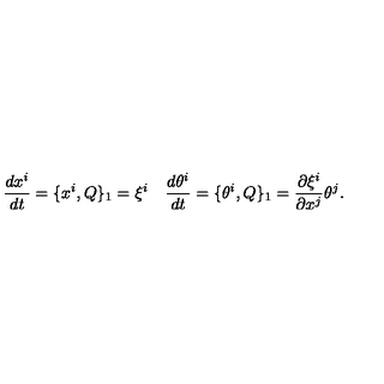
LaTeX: \frac { d x ^ { i } } { d t } = \{ x ^ { i } , Q \} _ { 1 } = \xi ^ { i } \quad \frac { d \theta ^ { i } } { d t } = \{ \theta ^ { i } , Q \} _ { 1 } = \frac { \partial \xi ^ { i } } { \partial x ^ { j } } \theta ^ { j } .